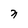
Character: n